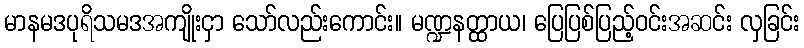
မာနမဒပုရိသမဒအကျိုးငှာ သော်လည်းကောင်း။ မဏ္ဍနတ္ထာယ၊ ပြေပြစ်ပြည့်ဝင်းအဆင်း လှခြင်း